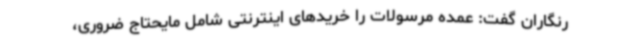
رنگاران گفت: عمده مرسولات را خریدهای اینترنتی شامل مایحتاج ضروری،